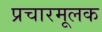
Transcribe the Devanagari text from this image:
प्रचारमूलक